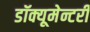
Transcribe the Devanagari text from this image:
डॉक्यूमेन्टरी